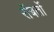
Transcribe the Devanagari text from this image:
रॉबर्तो